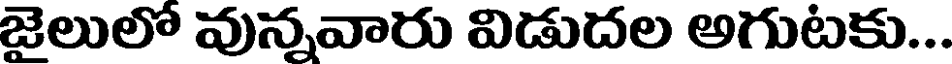
జైలులో వున్నవారు విడుదల అగుటకు...